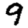
Digit: 9